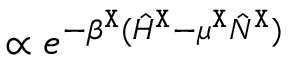
\propto e ^ { - \beta ^ { \tt X } ( \hat { H } ^ { \tt X } - \mu ^ { \tt X } \hat { N } ^ { \tt X } ) }